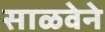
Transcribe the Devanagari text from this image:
साळवेने